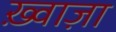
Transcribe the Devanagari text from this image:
ख़्वाज़ा